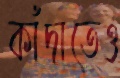
কাঁদাতেও